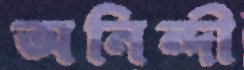
অনিন্দী